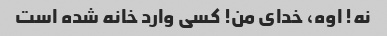
نه! اوه، خدای من! کسی وارد خانه شده است